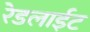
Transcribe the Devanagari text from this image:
रेडलाईट